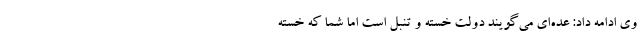
وی ادامه داد: عده‌ای می‌گویند دولت خسته و تنبل است اما شما که خسته